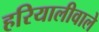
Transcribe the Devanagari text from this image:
हरियालीवाले